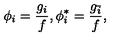
\phi _ { i } = \frac { g _ { i } } { f } , \phi _ { i } ^ { * } = \frac { g _ { \bar { i } } } { f } ,